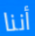
أننا